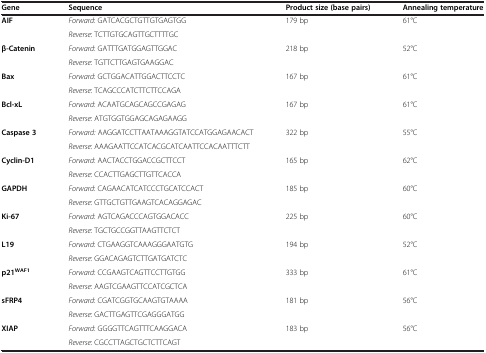
| Gene | Sequence | Product size (base pairs) | Annealing temperature |
 | --- | --- | --- | --- |
 | <ROWSPAN=2> AIF | Forward: GATCACGCTGTTGTGAGTGG | <ROWSPAN=2> 179 bp | <ROWSPAN=2> 61°C |
 | Reverse: TCTTGTGCAGTTGCTTTTGC |
 | <ROWSPAN=2> β-Catenin | Forward: GATTTGATGGAGTTGGAC | <ROWSPAN=2> 218 bp | <ROWSPAN=2> 52°C |
 | Reverse: TGTTCTTGAGTGAAGGAC |
 | <ROWSPAN=2> Bax | Forward: GCTGGACATTGGACTTCCTC | <ROWSPAN=2> 167 bp | <ROWSPAN=2> 61°C |
 | Reverse: TCAGCCCATCTTCTTCCAGA |
 | <ROWSPAN=2> Bcl-xL | Forward: ACAATGCAGCAGCCGAGAG | <ROWSPAN=2> 167 bp | <ROWSPAN=2> 61°C |
 | Reverse: ATGTGGTGGAGCAGAGAAGG |
 | <ROWSPAN=2> Caspase 3 | Forward: AAGGATCCTTAATAAAGGTATCCATGGAGAACACT | <ROWSPAN=2> 322 bp | <ROWSPAN=2> 55°C |
 | Reverse: AAAGAATTCCATCACGCATCAATTCCACAATTTCTT |
 | <ROWSPAN=2> Cyclin-D1 | Forward: AACTACCTGGACCGCTTCCT | <ROWSPAN=2> 165 bp | <ROWSPAN=2> 62°C |
 | Reverse: CCACTTGAGCTTGTTCACCA |
 | <ROWSPAN=2> GAPDH | Forward: CAGAACATCATCCCTGCATCCACT | <ROWSPAN=2> 185 bp | <ROWSPAN=2> 60°C |
 | Reverse: GTTGCTGTTGAAGTCACAGGAGAC |
 | <ROWSPAN=2> Ki-67 | Forward: AGTCAGACCCAGTGGACACC | <ROWSPAN=2> 225 bp | <ROWSPAN=2> 60°C |
 | Reverse: TGCTGCCGGTTAAGTTCTCT |
 | <ROWSPAN=2> L19 | Forward: CTGAAGGTCAAAGGGAATGTG | <ROWSPAN=2> 194 bp | <ROWSPAN=2> 52°C |
 | Reverse: GGACAGAGTCTTGATGATCTC |
 | <ROWSPAN=2> p21WAF1 | Forward: CCGAAGTCAGTTCCTTGTGG | <ROWSPAN=2> 333 bp | <ROWSPAN=2> 61°C |
 | Reverse: AAGTCGAAGTTCCATCGCTCA |
 | <ROWSPAN=2> sFRP4 | Forward: CGATCGGTGCAAGTGTAAAA | <ROWSPAN=2> 181 bp | <ROWSPAN=2> 56°C |
 | Reverse: GACTTGAGTTCGAGGGATGG |
 | <ROWSPAN=2> XIAP | Forward: GGGGTTCAGTTTCAAGGACA | <ROWSPAN=2> 183 bp | <ROWSPAN=2> 56°C |
 | Reverse: CGCCTTAGCTGCTCTTCAGT |